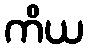
ကိယ